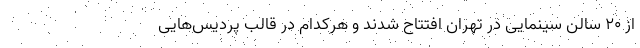
از ۲۰ سالن سینمایی در تهران افتتاح شدند و هرکدام در قالب پردیس‌هایی